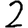
Digit: 2